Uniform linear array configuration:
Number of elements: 16
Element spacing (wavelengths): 0.75
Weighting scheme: hann
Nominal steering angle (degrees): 30
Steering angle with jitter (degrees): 29.697
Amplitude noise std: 0.05
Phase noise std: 0.05

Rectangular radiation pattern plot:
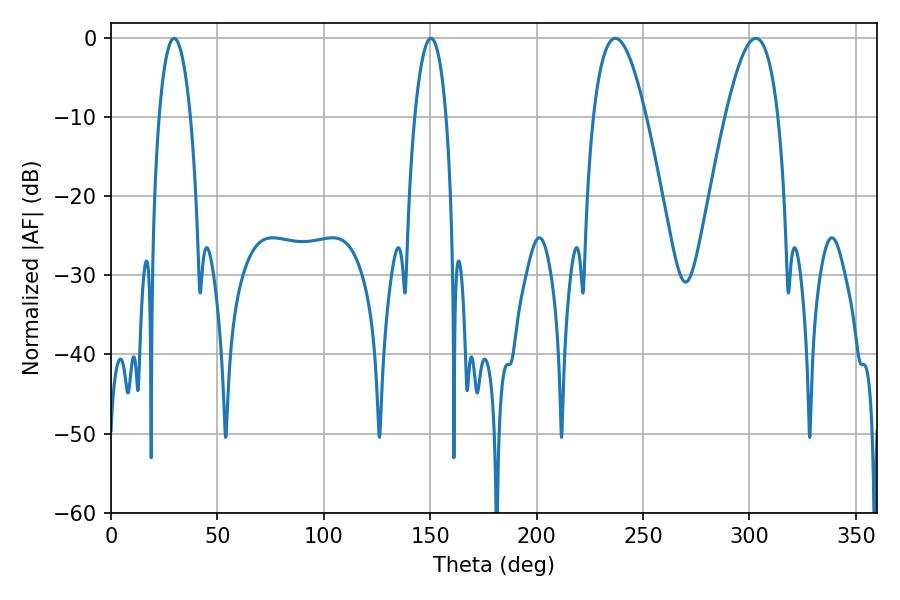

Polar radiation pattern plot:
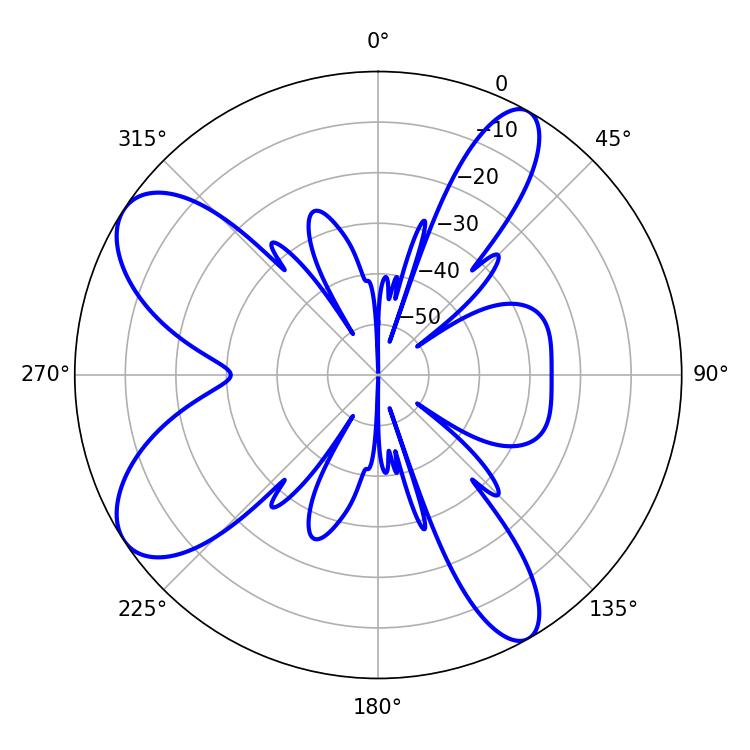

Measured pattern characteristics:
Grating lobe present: TRUE
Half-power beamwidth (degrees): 13.5
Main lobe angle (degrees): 302.94